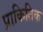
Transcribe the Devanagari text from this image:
प्राकितिक